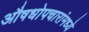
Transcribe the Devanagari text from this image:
औषधोपचारांमध्ये